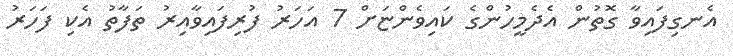
އެނގިފައިވާ ގޮތުން އެދެމީހުންގެ ކައިވެންޏަށް 7 އަހަރު ފުރިފައިވާއިރު ތަފާތު އެކި ފަހަރު